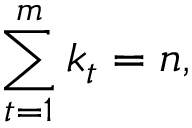
\sum _ { t = 1 } ^ { m } k _ { t } = n ,